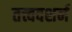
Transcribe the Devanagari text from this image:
तत्त्वदशर्न